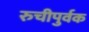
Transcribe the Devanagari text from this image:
रुचीपुर्वक